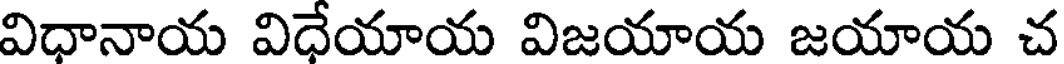
విధానాయ విధేయాయ విజయాయ జయాయ చ